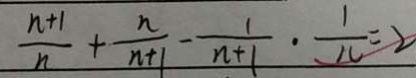
\frac { n + 1 } { n } + \frac { n } { n + 1 } - \frac { 1 } { n + 1 } \cdot \frac { 1 } { 1 0 } = 2